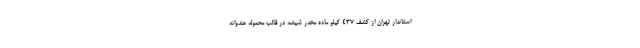
استاندار تهران از کشف ۴۳۷ کیلو ماده مخدر شیشه در قالب محموله هندوانه